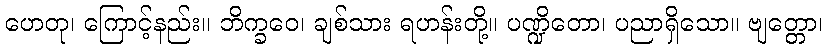
ဟေတု၊ ကြောင့်နည်း။ ဘိက္ခဝေ၊ ချစ်သား ရဟန်းတို့။ ပဏ္ဍိတော၊ ပညာရှိသော။ ဗျတ္တော၊